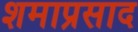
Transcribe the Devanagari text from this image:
शमाप्रसाद